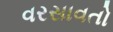
વરસાવતો